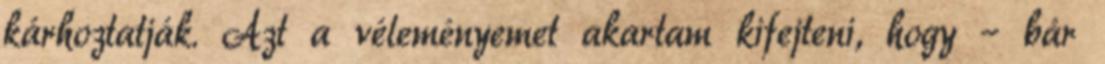
kárhoztatják. Azt a véleményemet akartam kifejteni, hogy – bár